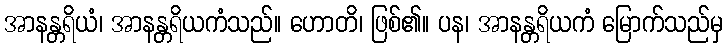
အာနန္တရိယံ၊ အာနန္တရိယကံသည်။ ဟောတိ၊ ဖြစ်၏။ ပန၊ အာနန္တရိယကံ မြောက်သည်မှ